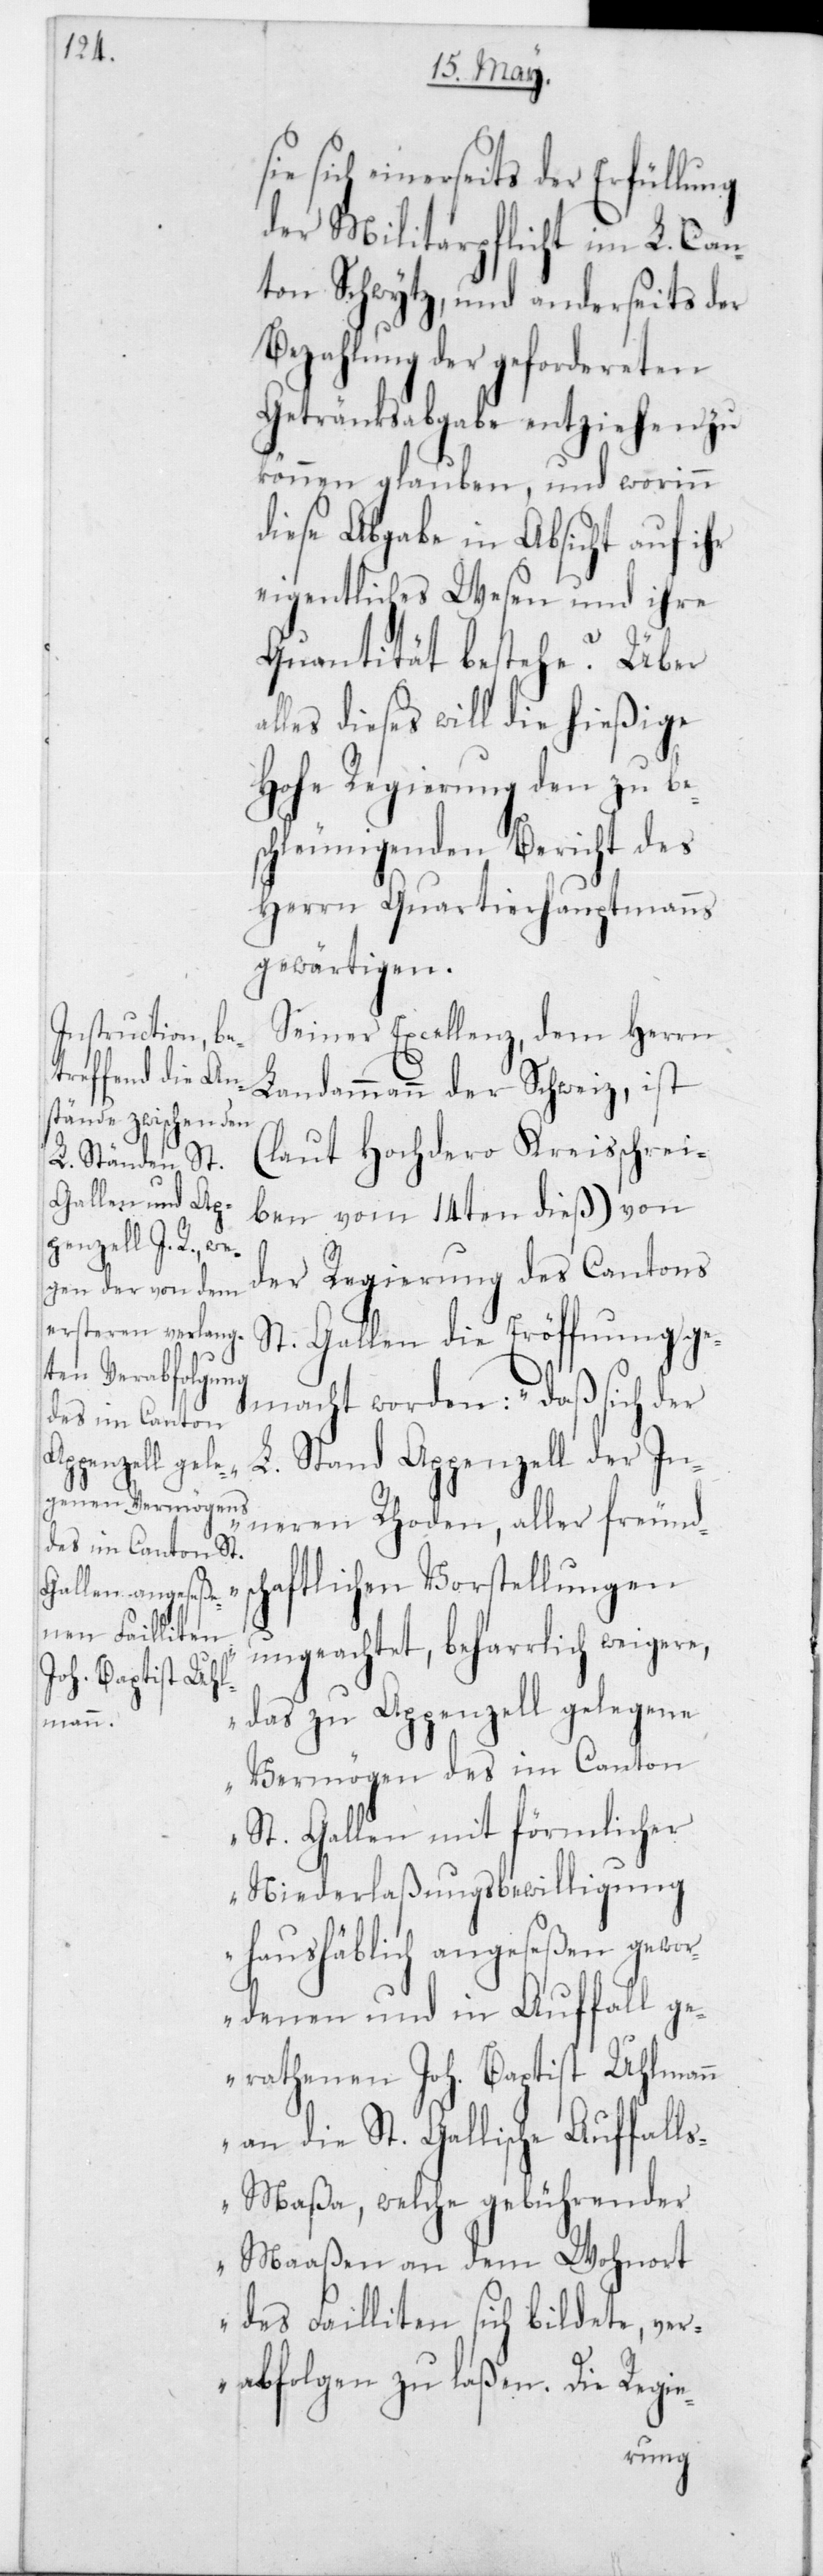
sich einerseits der Erfüllung
der Militarpflicht im L. Can¬
ton Schwytz, und anderseits der
Bezahlung der gefordereten
Gentränksabgabe entziehen zu
können glauben, und worinn
diese Abgabe in Absicht auf ihr
eigentliches Wesen und ihre
Quantität bestehe? Über
alles dieses will die hießige
Hohe Regierung den zu be¬
schleunigenden Bericht des
Herrn Quartierhauptmanns
gewärtigen.
Seiner Excellenz, dem Herrn
Landammann der Schweiz, ist
(laut hochdero Kreisschrei¬
ben vom 14ten dieß) von
der Regierung des Cantons
St. Gallen die Eröffnung ge¬
macht worden: „Daß sich der
L. Stand Appenzell der In¬
neren Rhoden, aller freunds¬
chaftlichen Vorstellungen
ungeachtet, beharrlich weigere,
das zu Appenzell gelegene
Vermögen des im Canton
St. Gallen mit förmlicher
Niederlaßungsbewilligung
haushäblich angeseßen gewor¬
denen und in Auffall ge¬
rathenen Joh. Baptist Uhlman¬
n an die St. Gallische Auffahl¬
s-Maßa, welche gebührender
Maaßen an dem Wohnort
des Failliten sich bildete, ver¬
abfolgen zu laßen. Die Regie-